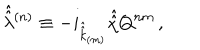
LaTeX: \hat { \hat { \lambda } } { } ^ { ( n ) } \equiv - i _ { \hat { \hat { k } } _ { \scriptscriptstyle ( m ) } } \hat { \hat { \chi } } Q ^ { n m } \, ,